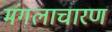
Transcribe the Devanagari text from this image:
मंगलाचारण